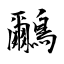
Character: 鸍